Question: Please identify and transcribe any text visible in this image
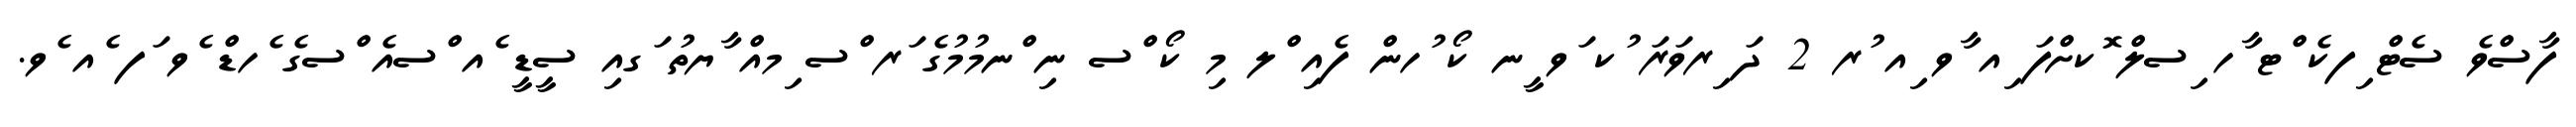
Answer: ފާސްވެ ސެޓް ިފކެ ްޓ ާހ ިސލް ޮކށްފަ ިއ ާވ ިއ ުރ 2 ދަ ިރވަރަ ުކ ަވ ީނ ކޯ ުހން ފެއި ްލ މި ކޯ ްސ ނި ްނމުމުގެ ަރ ްސ ިމއް ާޔތު ަގއި ސީޑީ ެއ ްސއެ ްސގެ ެހޑް ެވ ަފ ެއ ެވ.